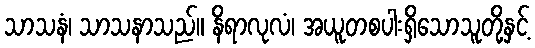
သာသနံ၊ သာသနာသည်။ နိရာလုလံ၊ အယူတစပါးရှိသောသူတို့နှင့်